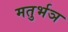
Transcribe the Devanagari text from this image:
मतुर्भञ